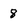
Character: 8